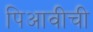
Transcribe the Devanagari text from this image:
पिआवीची